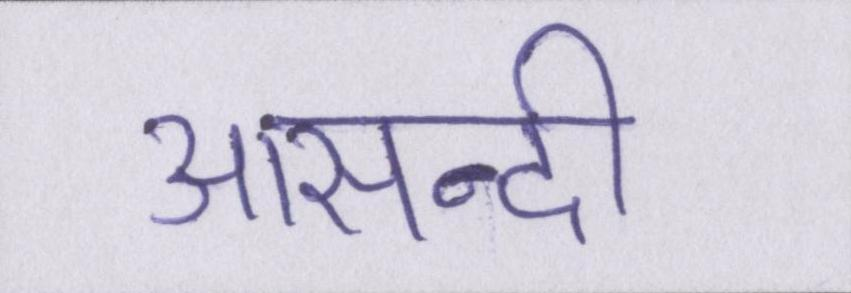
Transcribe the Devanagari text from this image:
आसन्दी